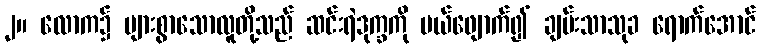
၂။ လောက၌ များစွာသောလူတို့သည် ဆင်းရဲဒုက္ခကို ပယ်ဖျောက်၍ ချမ်းသာသုခ ရောက်အောင်